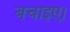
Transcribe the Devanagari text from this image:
बचाइए।